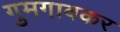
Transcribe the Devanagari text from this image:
गुमगावकर